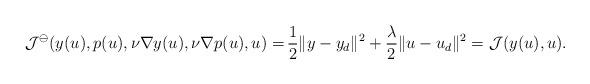
LaTeX: \begin{align*} \mathcal{J}^\ominus(y(u),p(u),\nu \nabla y(u),\nu \nabla p(u),u) = &\, \frac{1}{2} \|y-y_d\|^2 + \frac{\lambda}{2} \|u-u_d\|^2 = \mathcal{J}(y(u),u).\end{align*}